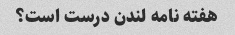
هفته نامه لندن درست است؟